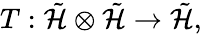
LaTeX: T:\tilde{\cal H}\otimes\tilde{\cal H}\rightarrow\tilde{\cal H},